Vaccination North-Western Provinces 1866-1877 - 1866-1877
Year: 1866
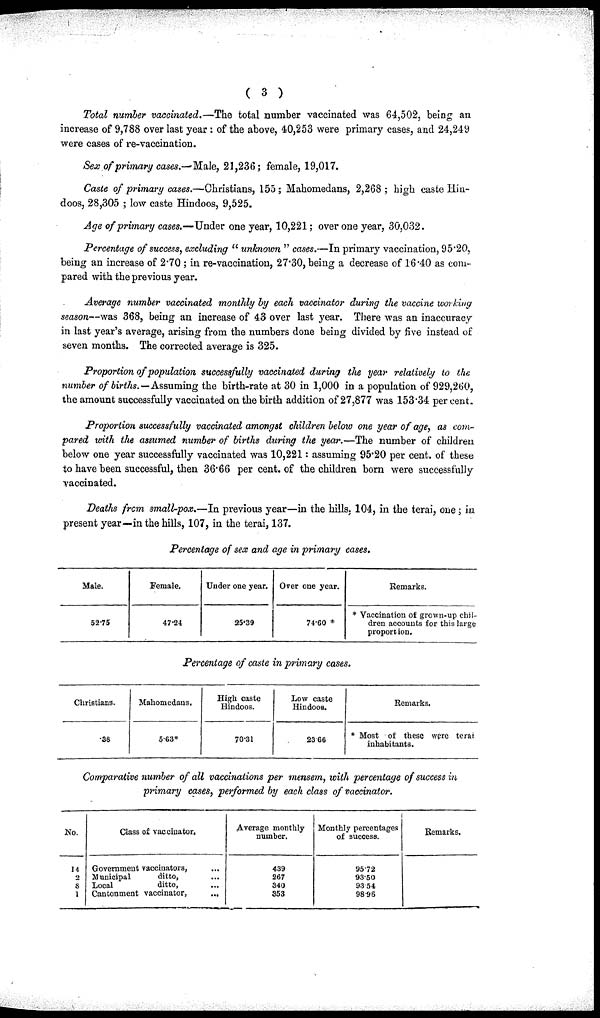
( 3 )
Total number vaccinated.—The total number vaccinated was 64,502, being an
increase of 9,788 over last year : of the above, 40,253 were primary cases, and 24,249
were cases of re-vaccination.
Sex of primary cases.—Male, 21,236; female, 19,017.
Caste of primary cases.—Christians, 155 ; Mahomedans, 2,268 ; high caste Hin-
doos, 28,305 ; low caste Hindoos, 9,525.
Age of primary cases.—Under one year, 10,221; over one year, 30,032.
Percentage of success, excluding "unknown " cases.—In primary vaccination, 95.20,
being an increase of 2.70 ; in re-vaccination, 27.30, being a decrease of 16.40 as com-
pared with the previous year.
Average number vaccinated monthly by each vaccinator during the vaccine working
season—was 368, being an increase of 43 over last year. There was an inaccuracy
in last year's average, arising from the numbers done being divided by five instead of
seven months. The corrected average is 325.
Proportion of population successfully vaccinated during the year relatively to the
number of births.—Assuming the birth-rate at 30 in 1,000 in a population of 929,260,
the amount successfully vaccinated on the birth addition of 27,877 was 153.34 per cent.
Proportion successfully vaccinated amongst children below one year of age, as com-
pared with the assumed number of births during the year.—The number of children
below one year successfully vaccinated was 10,221: assuming 95.20 per cent. of these
to have been successful, then 36.66 per cent. of the children born were successfully
vaccinated.
Deaths from small-pox.—In previous year—in the hills. 104, in the terai, one; in
present year—in the hills, 107, in the terai, 137.
Percentage of sex and age in primary cases.
Male.
52.75
Female.
47.24
Under one year.
25.39
Over one year.
74.60 *
Remarks.
* Vaccination of grown-up chil-
dren accounts for this large
proportion.
Percentage of caste in primary cases.
Christians.
.38
Mahomedans.
563*
High caste
Hindoos.
70.31
Low caste
Hindoos.
23.66
Remarks.
* Most of these were terai
inhabitants.
Comparative number of all vaccinations per mensem, with percentage of success in
primary cases, performed by each class of vaccinator.
No.
14
2
8
1
Class of vaccinator.
Government vaccinators, ...
Municipal
ditto, ...
Local
ditto, ...
Cantonment vaccinator,
...
Average monthly
number.
439
267
340
353
Monthly percentages
of success.
95.72
93.50
93.54
98.96
Remarks.